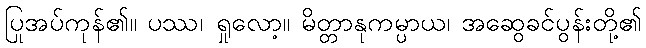
ပြုအပ်ကုန်၏။ ပဿ၊ ရှုလော့။ မိတ္တာနုကမ္ပာယ၊ အဆွေခင်ပွန်းတို့၏